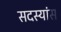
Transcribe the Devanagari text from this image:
सदस्यांस